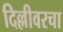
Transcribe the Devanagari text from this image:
दिल्लीवरचा